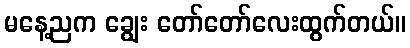
မနေ့ညက ချွေး တော်တော်လေးထွက်တယ်။